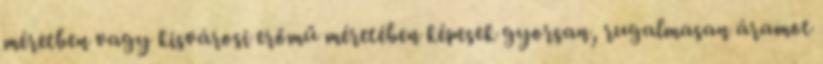
méretben vagy kisvárosi erőmű méretében képesek gyorsan, rugalmasan áramot